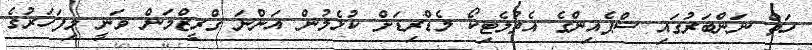
ހަތް ނަންބަރުގައި ސްޕެއިންގެ އެތުލެޓިކޯ މެޑްރިޑަށް ކުޅެމުން އަންނަ ގްރީޒްމަން ވަނީ މިފަހަރުގެ